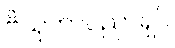
ဗိသုကာပညာရှင်